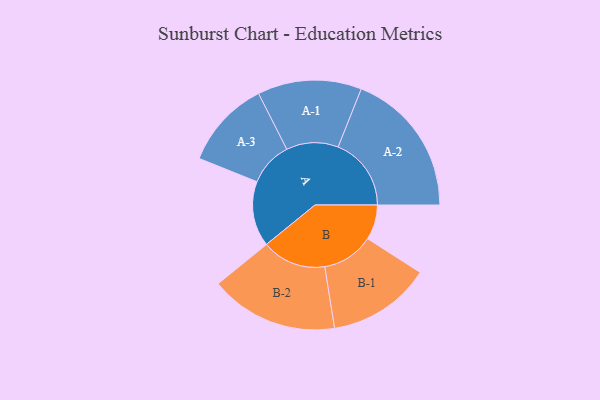
{"axis": {"x": "Segment", "y": "Value"}, "legend": ["", "A", "B"], "data": [{"x": "A", "y": 241, "type": ""}, {"x": "B", "y": 129, "type": ""}, {"x": "A-1", "y": 192, "type": "A"}, {"x": "A-2", "y": 270, "type": "A"}, {"x": "A-3", "y": 163, "type": "A"}, {"x": "B-1", "y": 191, "type": "B"}, {"x": "B-2", "y": 237, "type": "B"}]}